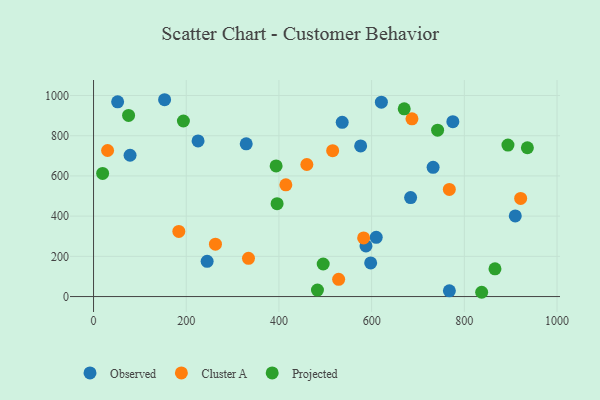
{"axis": {"x": "Study Hours", "y": "Fuel Efficiency"}, "legend": ["Cluster A", "Observed", "Projected"], "data": [{"x": "78.8", "y": 702.8, "type": "Observed"}, {"x": "153.3", "y": 979.0, "type": "Observed"}, {"x": "909.9", "y": 401.1, "type": "Observed"}, {"x": "767.7", "y": 28.4, "type": "Observed"}, {"x": "775.2", "y": 870.0, "type": "Observed"}, {"x": "225.5", "y": 773.9, "type": "Observed"}, {"x": "609.9", "y": 294.4, "type": "Observed"}, {"x": "621.0", "y": 966.9, "type": "Observed"}, {"x": "576.3", "y": 749.1, "type": "Observed"}, {"x": "245.1", "y": 175.0, "type": "Observed"}, {"x": "52.0", "y": 968.4, "type": "Observed"}, {"x": "536.5", "y": 866.7, "type": "Observed"}, {"x": "732.6", "y": 642.7, "type": "Observed"}, {"x": "597.9", "y": 167.2, "type": "Observed"}, {"x": "587.8", "y": 251.8, "type": "Observed"}, {"x": "329.4", "y": 759.5, "type": "Observed"}, {"x": "684.1", "y": 492.2, "type": "Observed"}, {"x": "460.2", "y": 656.9, "type": "Cluster A"}, {"x": "263.0", "y": 260.4, "type": "Cluster A"}, {"x": "921.5", "y": 488.3, "type": "Cluster A"}, {"x": "528.8", "y": 85.6, "type": "Cluster A"}, {"x": "30.3", "y": 726.5, "type": "Cluster A"}, {"x": "184.0", "y": 323.9, "type": "Cluster A"}, {"x": "334.3", "y": 190.3, "type": "Cluster A"}, {"x": "582.7", "y": 291.4, "type": "Cluster A"}, {"x": "414.9", "y": 555.7, "type": "Cluster A"}, {"x": "515.9", "y": 725.6, "type": "Cluster A"}, {"x": "687.0", "y": 884.1, "type": "Cluster A"}, {"x": "767.6", "y": 532.9, "type": "Cluster A"}, {"x": "393.9", "y": 649.7, "type": "Projected"}, {"x": "396.0", "y": 462.1, "type": "Projected"}, {"x": "837.4", "y": 21.3, "type": "Projected"}, {"x": "936.0", "y": 740.1, "type": "Projected"}, {"x": "193.9", "y": 873.2, "type": "Projected"}, {"x": "19.6", "y": 612.3, "type": "Projected"}, {"x": "742.3", "y": 827.4, "type": "Projected"}, {"x": "670.3", "y": 933.6, "type": "Projected"}, {"x": "75.6", "y": 901.1, "type": "Projected"}, {"x": "894.1", "y": 753.4, "type": "Projected"}, {"x": "495.5", "y": 161.9, "type": "Projected"}, {"x": "866.1", "y": 137.7, "type": "Projected"}, {"x": "483.1", "y": 32.4, "type": "Projected"}]}